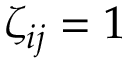
\zeta _ { i j } = 1